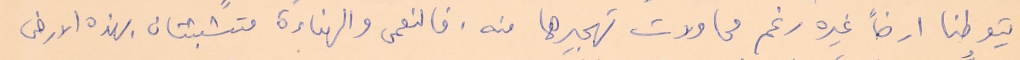
يتوطنا ارضاً غيره رغم محاولات تهجيرهما منه. فالنعمى والهناءة متشبثتان بهذه الارض